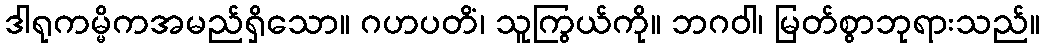
ဒါရုကမ္မိကအမည်ရှိသော။ ဂဟပတိံ၊ သူကြွယ်ကို။ ဘဂဝါ၊ မြတ်စွာဘုရားသည်။